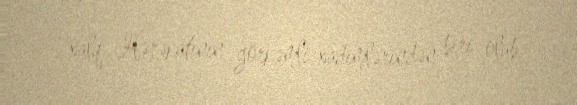
xalq Hərəkatının görkəmli xadimlərindən biri olub.